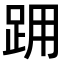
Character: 𨀍